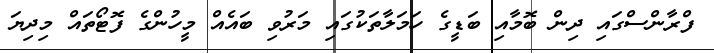
ފްރާންސްގައި ދިން ބޮމާއި ބަޑީގެ ހަމަލާތަކުގައި މަރުވި ބައެއް މީހުންގެ ފޮޓޯތައް މިދިޔަ